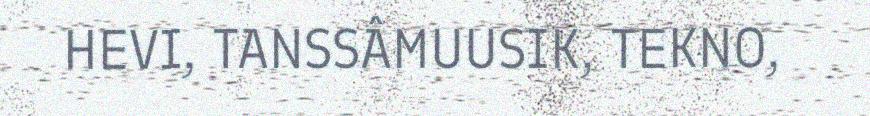
HEVI, TANSSÂMUUSIK, TEKNO,